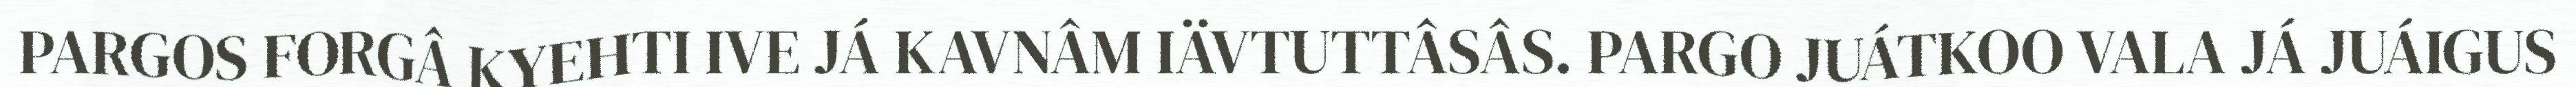
PARGOS FORGÂ KYEHTI IVE JÁ KAVNÂM IÄVTUTTÂSÂS. PARGO JUÁTKOO VALA JÁ JUÁIGUS